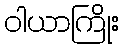
ဝါယာကြိုး